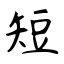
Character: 短